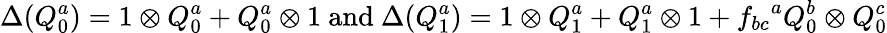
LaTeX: \Delta(Q_{0}^{a})=1\otimes Q_{0}^{a}+Q_{0}^{a}\otimes 1\mathrm{~and~}\Delta(Q_{1}^{a})=1\otimes Q_{1}^{a}+Q_{1}^{a}\otimes 1+{f_{bc}}^{a}Q_{0}^{b}\otimes Q_{0}^{c}